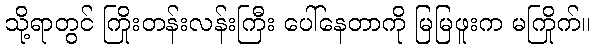
သို့ရာတွင် ကြိုးတန်းလန်းကြီး ပေါ်နေတာကို မြမြဖူးက မကြိုက်။